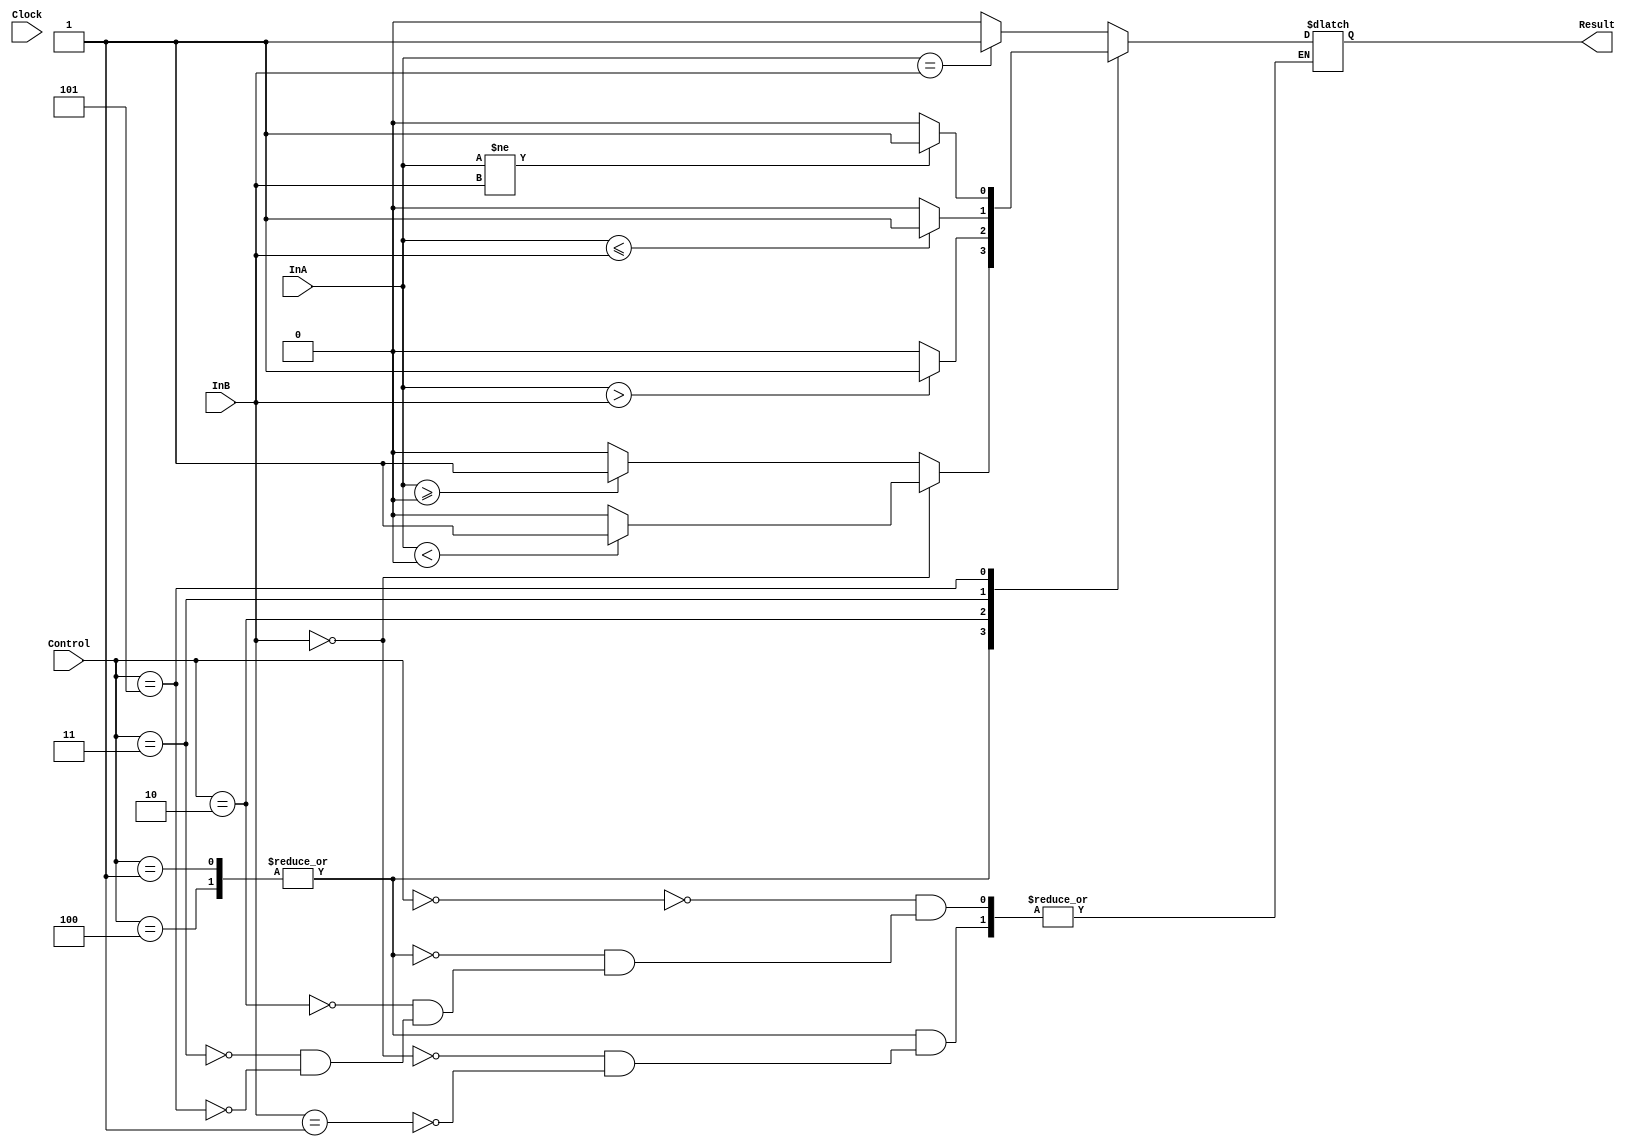
`timescale 1ns / 1ps
//////////////////////////////////////////////////////////////////////////////////
// Company: 
// Engineer: 
// 
// Design Name: 
// Module Name: Comparator
// Project Name: 
// Target Devices: 
// Tool Versions: 
// Description: 
// 
// Dependencies: 
// 
// Revision:
// Revision 0.01 - File Created
// Additional Comments:
// 
//////////////////////////////////////////////////////////////////////////////////


module Comparator(Clock, InA, InB, Result, Control);
    input Clock;
    input [31:0] InA, InB;
    input [2:0] Control;
    
    output reg Result;
    
    localparam [2:0]    BEQ  = 'b000, // Done
                        BGEZ = 'b001,
                        BGTZ = 'b010, // Done
                        BLEZ = 'b011, // Done
                        BLTZ = 'b100,
                        BNE  = 'b101; // Done
                        
    
    always @(*)begin
        case (Control)
            BEQ: begin
                Result <= (InA == InB) ? 1 : 0;
            end
            BGEZ, BLTZ: begin
                if(InB == 32'd0)begin
                    Result <= ($signed(InA) < 0) ? 1 : 0;
                end else if(InB == 32'd1) begin
                    Result <= ($signed(InA) >= 0) ? 1 : 0;
                end
            end
            BGTZ: begin
                Result <= ($signed(InA) > $signed(InB)) ? 1 : 0;
            end
            BLEZ: begin
                Result <= ($signed(InA) <= $signed(InB)) ? 1 : 0;
            end
            BNE: begin
                Result <= (InA != InB) ? 1 : 0;
            end
        endcase
    end
endmodule